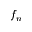
f _ { n }